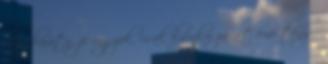
lány barátnője vagyok, csak ilyenkor zavart eme tény. -